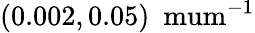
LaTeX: (0.002,0.05)~\mathrm{\ mum^{-1}}